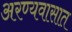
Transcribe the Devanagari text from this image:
अरण्यवासात